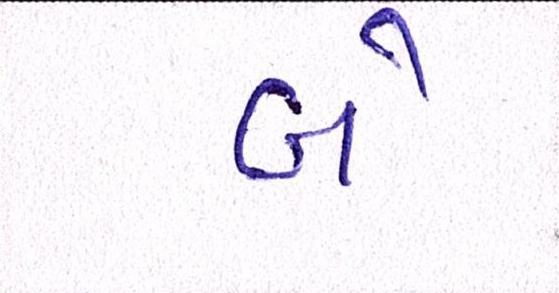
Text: બે